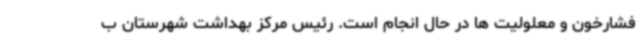
فشارخون و معلولیت ها در حال انجام است. رئیس مرکز بهداشت شهرستان ب